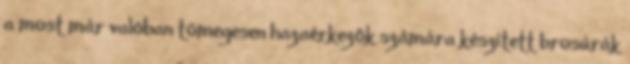
a most már valóban tömegesen hazaérkezők számára készített brosúrák